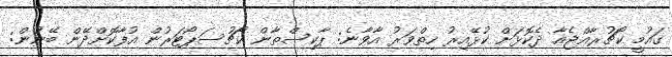
ގައުމީ ކޯޗުރާއްޖެއާ ދެކޮޅަށް ކުޅޭއިރު ހިތްވަރު އާވާނެ: ޕާކިސްތާން ކޯޗުސަޕޯޓަރުން އުފާކޮށްދޭން ބޭނުން: